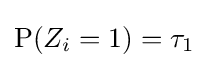
\operatorname {P} (Z_{i}=1)=\tau _{1}